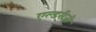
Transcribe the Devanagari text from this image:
एल्डरीजी